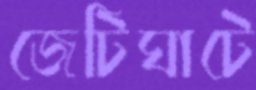
জেটিঘাটে